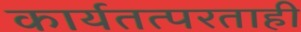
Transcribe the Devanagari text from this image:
कार्यतत्परताही